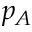
p _ { A }